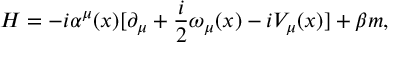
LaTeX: H = - i \alpha ^ { \mu } ( x ) [ \partial _ { \mu } + \frac { i } { 2 } \omega _ { \mu } ( x ) - i V _ { \mu } ( x ) ] + \beta m ,